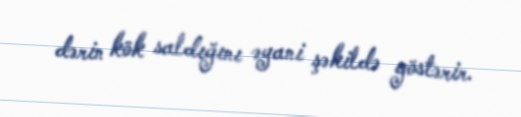
dərin kök saldığını əyani şəkildə göstərir.